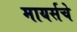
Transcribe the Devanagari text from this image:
मायर्सचे